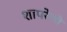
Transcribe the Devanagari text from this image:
शापरेली